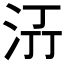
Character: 𭰌